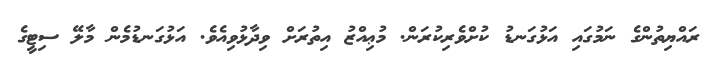
ރައްޔިތުންގެ ނަމުގައި އަޅުގަނޑު ކުށްވެރިކުރަން. މުޢިއްޒު އިތުރަށް ވިދާޅުވިއެވެ. އަޅުގަނޑުމެން މާލޭ ސިޓީގެ